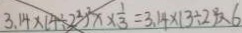
3 . 1 4 \times ( 4 \div 2 ^ { 2 } ) ^ { 2 } x \times \frac { 1 } { 3 } = 3 . 1 4 \times 1 3 \div 2 ) ^ { 2 } \times 6